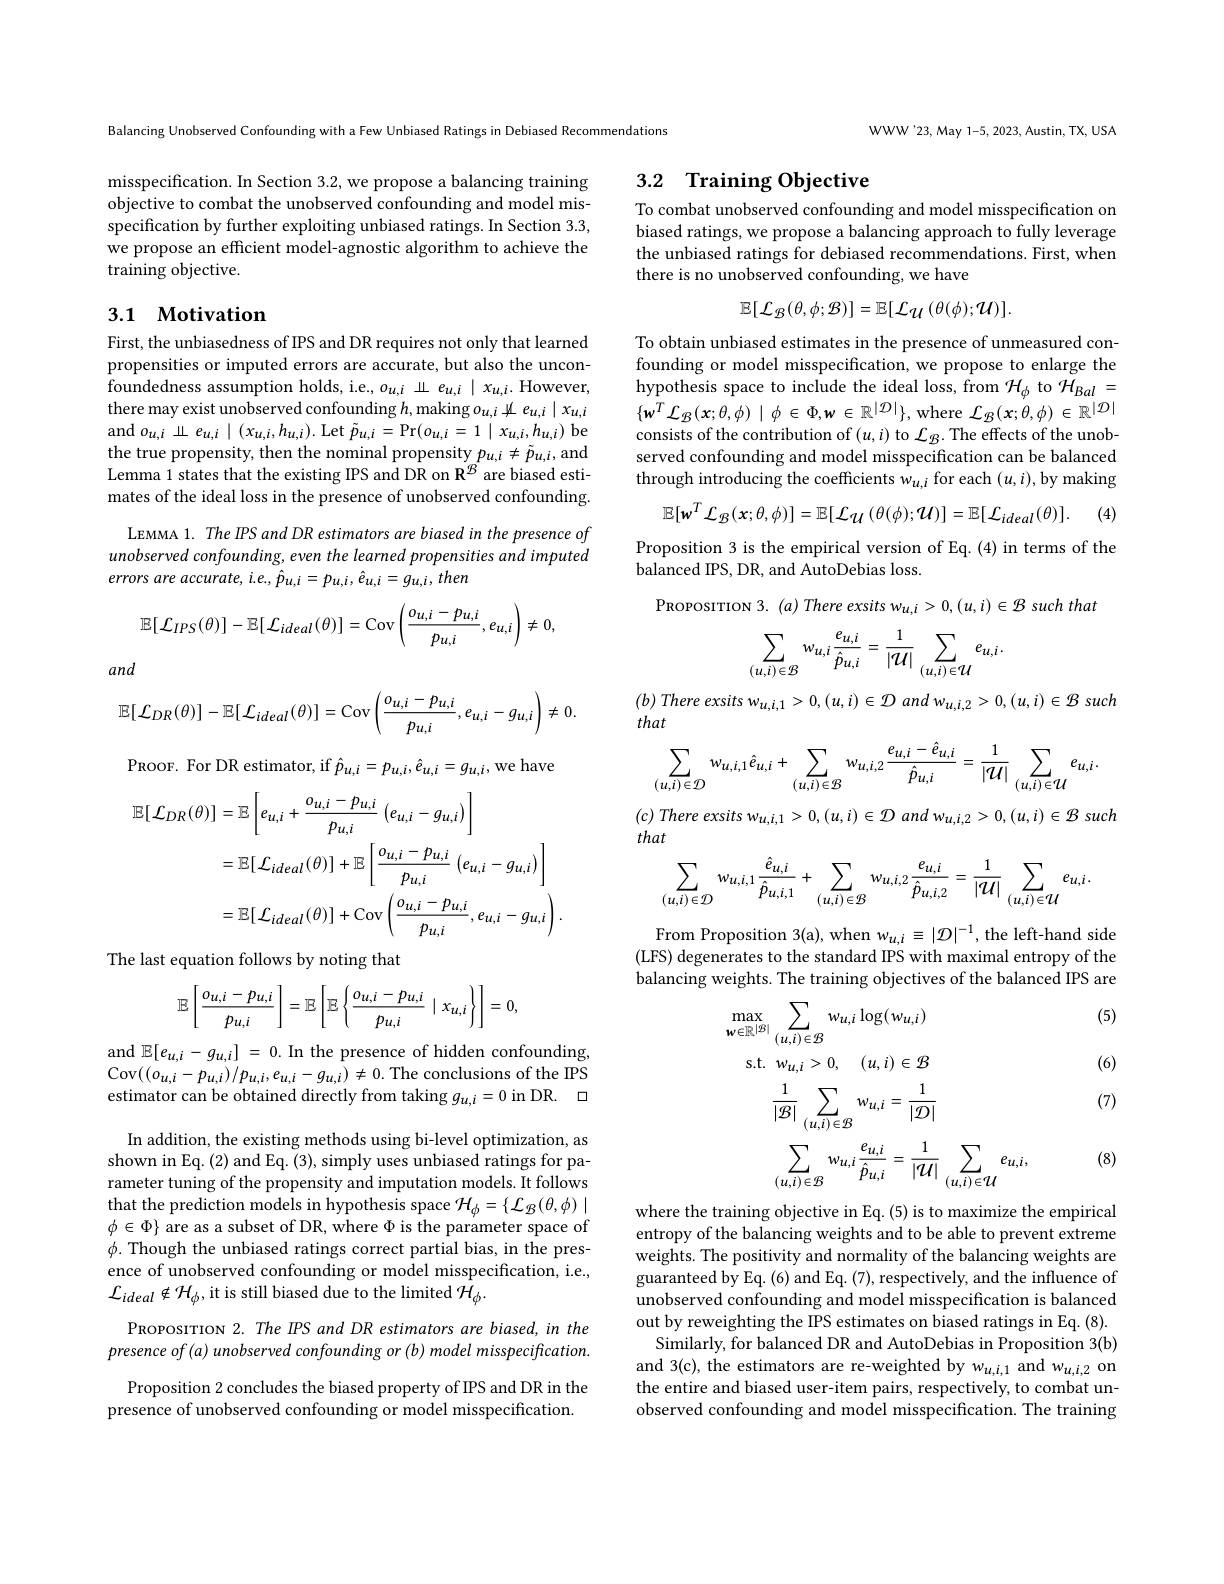
Balancing Unobserved Confounding with a Few Unbiased Ratings in Debiased Recommendations

misspecification. In Section 3.2, we propose a balancing training objective to combat the unobserved confounding and model misspecification by further exploiting unbiased ratings. In Section 3.3, we propose an efficient model-agnostic algorithm to achieve the training objective.

## 3.1 Motivation

First, the unbiasedness of IPS and DR requires not only that learned propensities or imputed errors are accurate, but also the unconfoundedness assumption holds, i.e., $o_{u,i}$业$e_{u,i}\mid x_{u,i}.$ However, there may exist unobserved confounding $h$,making $o_{u,i}\Downarrow e_{u,i}\mid x_{u,i}$ and$o_{u,i}\perp e_{u,i}\mid(x_{u,i},h_{u,i}).$Let$\tilde{p}_{u,i}=$Pr$(o_{u,i}=1\mid x_{u,i},h_{u,i})$be the true propensity, then the nominal propensity $p_{u,i}\neq\tilde{p}_{u,i}$,and Lemma 1 states that the existing IPS and DR on R$^{\mathcal{B}}$ are biased estimates of the ideal loss in the presence of unobserved confounding.
LEMMA 1. The IPS and DR estimators are biased in the presence of unobserved confounding, even the learned propensities and imputed errors are accurate, ie., $\hat{p}_{u,i}=p_{u,i},\hat{e}_{u,i}=g_{u,i},then$
$$\mathbb{E}[\mathcal{L}_{IPS}(\theta)]-\mathbb{E}[\mathcal{L}_{ideal}(\theta)]=\mathrm{Cov}\left(\frac{o_{u,i}-p_{u,i}}{p_{u,i}},e_{u,i}\right)\neq0,$$
and
$$\mathbb{E}[{\mathcal{L}}_{DR}(\theta)]-\mathbb{E}[{\mathcal{L}}_{ideal}(\theta)]=\mathrm{Cov}\left({\frac{o_{u,i}-p_{u,i}}{p_{u,i}}},e_{u,i}-g_{u,i}\right)\neq0.$$
PROOF. For DR estimator, if $\hat{p} _{u, i}= p_{u, i}, \hat{e} _{u, i}= g_{u, i}$,we have
$$\begin{aligned}\mathbb{E}[\mathcal{L}_{DR}(\theta)]&=\mathbb{E}\left[e_{u,i}+\frac{o_{u,i}-p_{u,i}}{p_{u,i}}\left(e_{u,i}-g_{u,i}\right)\right]\\&=\mathbb{E}[\mathcal{L}_{ideal}(\theta)]+\mathbb{E}\left[\frac{o_{u,i}-p_{u,i}}{p_{u,i}}\left(e_{u,i}-g_{u,i}\right)\right]\\&=\mathbb{E}[\mathcal{L}_{ideal}(\theta)]+\mathrm{Cov}\left(\frac{o_{u,i}-p_{u,i}}{p_{u,i}},e_{u,i}-g_{u,i}\right).\end{aligned}$$
The last equation follows by noting that
$$\mathbb{E}\left[\frac{o_{u,i}-p_{u,i}}{p_{u,i}}\right]=\mathbb{E}\left[\mathbb{E}\left\{\frac{o_{u,i}-p_{u,i}}{p_{u,i}}\mid x_{u,i}\right\}\right]=0,$$
and $\mathbb{E}[e_{u,i}-g_{u,i}]=0.$ In the presence of hidden confounding, Cov$((o_{u,i}-p_{u,i})/p_{u,i},e_{u,i}-g_{u,i})\neq0.$The conclusions of the IPS estimator can be obtained directly from taking $g_u,i=0$ in DR.

In addition, the existing methods using bi-level optimization, as shown in Eq. (2) and Eq. (3), simply uses unbiased ratings for parameter tuning of the propensity and imputation models. It follows that the prediction models in hypothesis space $\mathcal{H}_\phi=\{\mathcal{L}_{\mathcal B}(\theta,\phi)\mid$ $\phi\in\Phi\}$ are as a subset of DR, where $\Phi$ is the parameter space of $\phi.$ Though the unbiased ratings correct partial bias, in the presence of unobserved confounding or model misspecification, i.e., ${\mathcal{L}}_{ideal}\notin{\mathcal{H}}_{\phi}$,it is still biased due to the limited ${\mathcal{H}}_\phi.$

PROPOSITION 2. The IPS and DR estimators are biased, in the presence of (a) unobserved confounding or (b) model misspecification.

Proposition 2 concludes the biased property of IPS and DR in the presence of unobserved confounding or model misspecification.

WWW'23, May 1-5, 2023, Austin, TX, USA

# 3.2 Training Objective

To combat unobserved confounding and model misspecification on biased ratings, we propose a balancing approach to fully leverage the unbiased ratings for debiased recommendations. First, when there is no unobserved confounding, we have
$$\mathbb{E}[\mathcal{L}_{\mathcal{B}}(\theta,\phi;\mathcal{B})]=\mathbb{E}[\mathcal{L}_{\mathcal{U}}(\theta(\phi);\mathcal{U})].$$
To obtain unbiased estimates in the presence of unmeasured confounding or model misspecification, we propose to enlarge the hypothesis space to include the ideal loss, from $\mathcal{H}_\phi$ to $\mathcal{H}_Bal=$ $\{\mathbf{w}^{T}\mathcal{L}_{\mathcal B}(\boldsymbol x;\theta,\phi)\mid\phi\in\Phi,\boldsymbol{w}\in\mathbb{R}^{|\mathcal{D}|}\}$,where $\mathcal{L}_{\mathcal B}(\boldsymbol x;\theta,\phi)\in\mathbb{R}^{|\mathcal{D}|}$ consists of the contribution of $(u,i)$ to $\mathcal{L}_B.$ The effects of the unobserved confounding and model misspecification can be balanced through introducing the coefficients $w_{u,i}$ for each $(u,i)$,by making
$$\mathbb{E}[\mathbf{w}^{T}\mathcal{L}_{\mathcal{B}}(\mathbf{x};\theta,\phi)]=\mathbb{E}[\mathcal{L}_{\mathcal{U}}(\theta(\phi);\mathcal{U})]=\mathbb{E}[\mathcal{L}_{ideal}(\theta)].$$
(4)

Proposition 3 is the empirical version of Eq. (4) in terms of the
balanced IPS, DR, and AutoDebias loss.
$\mathrm{PROPOSITION~3. ~( a) ~There~exsits~w}_{u, i}> 0, ( u, i) \in \mathcal{B}$ such that
$$\sum_{(u,i)\in\mathcal{B}}w_{u,i}\frac{e_{u,i}}{\hat{p}_{u,i}}=\frac{1}{|\mathcal{U}|}\sum_{(u,i)\in\mathcal{U}}e_{u,i}.$$
$\begin{array}{l}{(b)\:There\:exsits\:w_{u,i,1}>0,(u,i)\in\mathcal{D}\:and\:w_{u,i,2}>0,(u,i)\in\mathcal{B}\:suci}\\{that}\end{array}$
$$\sum_{(u,i)\in\mathcal{D}}w_{u,i,1}\hat{e}_{u,i}+\sum_{(u,i)\in\mathcal{B}}w_{u,i,2}\frac{e_{u,i}-\hat{e}_{u,i}}{\hat{p}_{u,i}}=\frac{1}{|\mathcal{U}|}\sum_{(u,i)\in\mathcal{U}}e_{u,i}.$$
$\begin{array}{l}{(c)\:There\:exsits\:w_{u,i,1}>0,(u,i)\in\mathcal{D}\:and\:w_{u,i,2}>0,(u,i)\in\mathcal{B}\:such}\\{that}\end{array}$
$$\sum_{(u,i)\in\mathcal{D}}w_{u,i,1}\frac{\hat{e}_{u,i}}{\hat{p}_{u,i,1}}+\sum_{(u,i)\in\mathcal{B}}w_{u,i,2}\frac{e_{u,i}}{\hat{p}_{u,i,2}}=\frac{1}{|\mathcal{U}|}\sum_{(u,i)\in\mathcal{U}}e_{u,i}.$$
From Proposition 3(a), when w$u,i\equiv|\mathcal{D}|^{-1}$, the left-hand side (LFS) degenerates to the standard IPS with maximal entropy of the balancing weights. The training objectives of the balanced IPS are

(5)

(6)
$$\begin{aligned}&\max_{w\in\mathbb{R}^{|\mathcal{B}|}}\sum_{(u,i)\in\mathcal{B}}w_{u,i}\log(w_{u,i})\\&\mathrm{s.t.}\:w_{u,i}>0,\quad(u,i)\in\mathcal{B}\\&\frac{1}{|\mathcal{B}|}\sum_{(u,i)\in\mathcal{B}}w_{u,i}=\frac{1}{|\mathcal{D}|}\\&\sum_{(u,i)\in\mathcal{B}}w_{u,i}\frac{e_{u,i}}{\hat{p}_{u,i}}=\frac{1}{|\mathcal{U}|}\sum_{(u,i)\in\mathcal{U}}e_{u,i},\end{aligned}$$
(7)

(8)

where the training objective in Eq. (5) is to maximize the empirical entropy of the balancing weights and to be able to prevent extreme weights. The positivity and normality of the balancing weights are guaranteed by Eq. (6) and Eq. (7), respectively, and the influence of unobserved confounding and model misspecification is balanced out by reweighting the IPS estimates on biased ratings in Eq.(8).
Similarly, for balanced DR and AutoDebias in Proposition 3(b) and 3(c), the estimators are re-weighted by $w_{u,i,1}$ and $w_{u,i,2}$ on the entire and biased user-item pairs, respectively, to combat unobserved confounding and model misspecification. The training